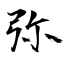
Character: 弥